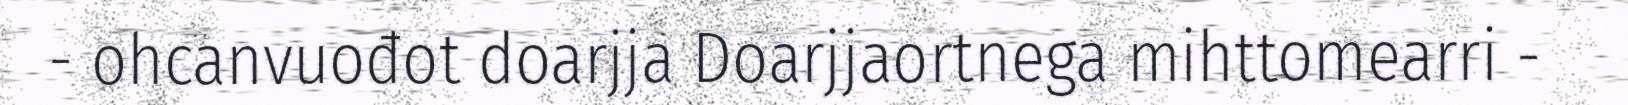
- ohcanvuođot doarjja Doarjjaortnega mihttomearri -